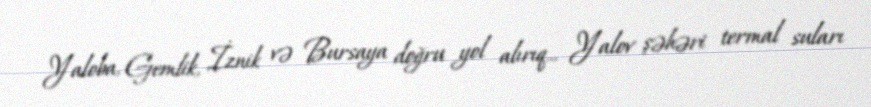
Yaloba, Gemlik, İznik və Bursaya doğru yol alırıq... Yalov şəhəri termal suları